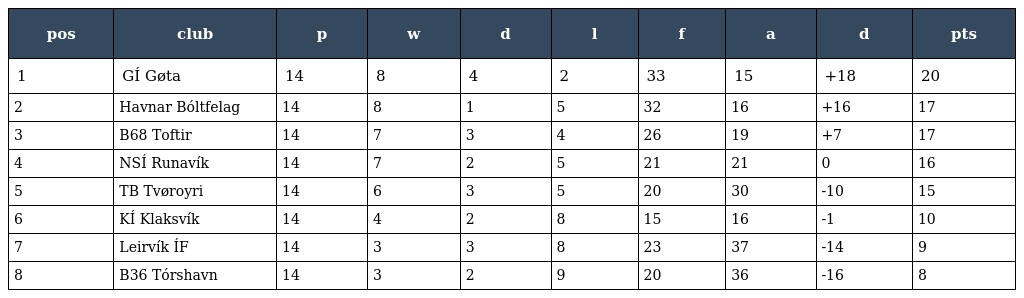
| pos | club | p | w | d | l | f | a | d | pts |
 | --- | --- | --- | --- | --- | --- | --- | --- | --- | --- |
 | 1 | GÍ Gøta | 14 | 8 | 4 | 2 | 33 | 15 | +18 | 20 |
 | 2 | Havnar Bóltfelag | 14 | 8 | 1 | 5 | 32 | 16 | +16 | 17 |
 | 3 | B68 Toftir | 14 | 7 | 3 | 4 | 26 | 19 | +7 | 17 |
 | 4 | NSÍ Runavík | 14 | 7 | 2 | 5 | 21 | 21 | 0 | 16 |
 | 5 | TB Tvøroyri | 14 | 6 | 3 | 5 | 20 | 30 | -10 | 15 |
 | 6 | KÍ Klaksvík | 14 | 4 | 2 | 8 | 15 | 16 | -1 | 10 |
 | 7 | Leirvík ÍF | 14 | 3 | 3 | 8 | 23 | 37 | -14 | 9 |
 | 8 | B36 Tórshavn | 14 | 3 | 2 | 9 | 20 | 36 | -16 | 8 |